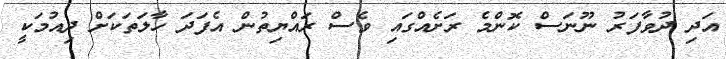
އަދި ދުވާފަރު ނޫނަސް ކޮންމެ ރަށެއްގައި ވެސް ރައްޔިތުން އެފަދަ ހާލަތަކަށް ދިއުމަކީ